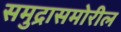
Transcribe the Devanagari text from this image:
समुद्रासमोरील